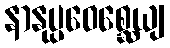
နာနုပ္ပဝေစ္ဆေယျ